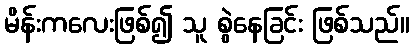
မိန်းကလေးဖြစ်၍ သူ စွဲနေခြင်း ဖြစ်သည်။